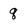
Character: q